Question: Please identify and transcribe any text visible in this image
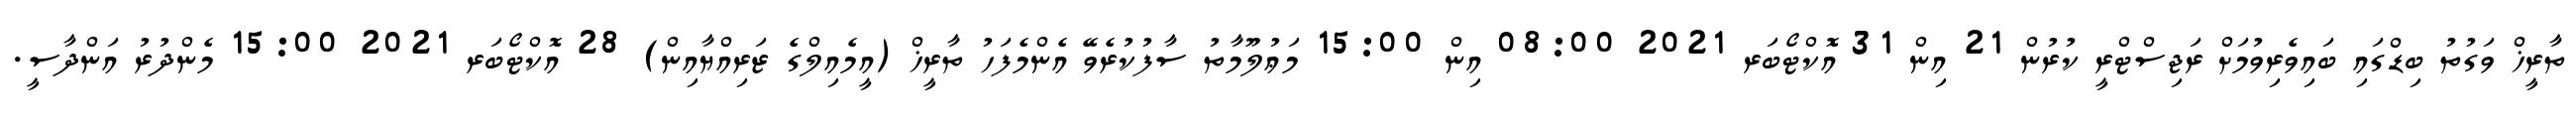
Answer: ތާރީޚް ވަގުތު ބިޑްގައި ބައިވެރިވުމަށް ރަޖިސްޓްރީ ކުރުން 21 އިން 31 އޮކްޓޯބަރ 2021 08:00 އިން 15:00 މަޢުލޫމާތު ސާފުކުރެވޭ އެންމެފަހު ތާރީޚް (އީމެއިލްގެ ޒަރިއްޔާއިން) 28 އޮކްޓޯބަރ 2021 15:00 މެންދުރު އަންދާސީ.